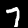
Digit: 7